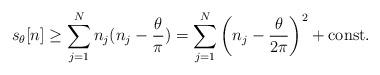
LaTeX: \begin{align*}s_\theta[n] \geq \sum_{j=1}^N n_j(n_j-\frac{\theta}{\pi}) = \sum_{j=1}^N \left( n_j -\frac{\theta}{2 \pi} \right)^2 + \mbox{const.}\end{align*}